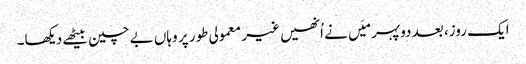
ایک روز، بعد دوپہر میَں نے اُنھیں غیر معمولی طور پر وہاں بے چین بیٹھے دیکھا۔